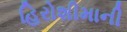
હિરોશીમાની